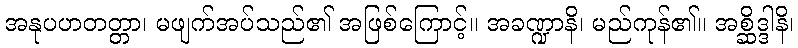
အနုပဟတတ္တာ၊ မဖျက်အပ်သည်၏ အဖြစ်ကြောင့်။ အခဏ္ဍာနိ၊ မည်ကုန်၏။ အစ္ဆိဒ္ဒါနိ၊